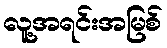
လူ့အရင်းအမြစ်